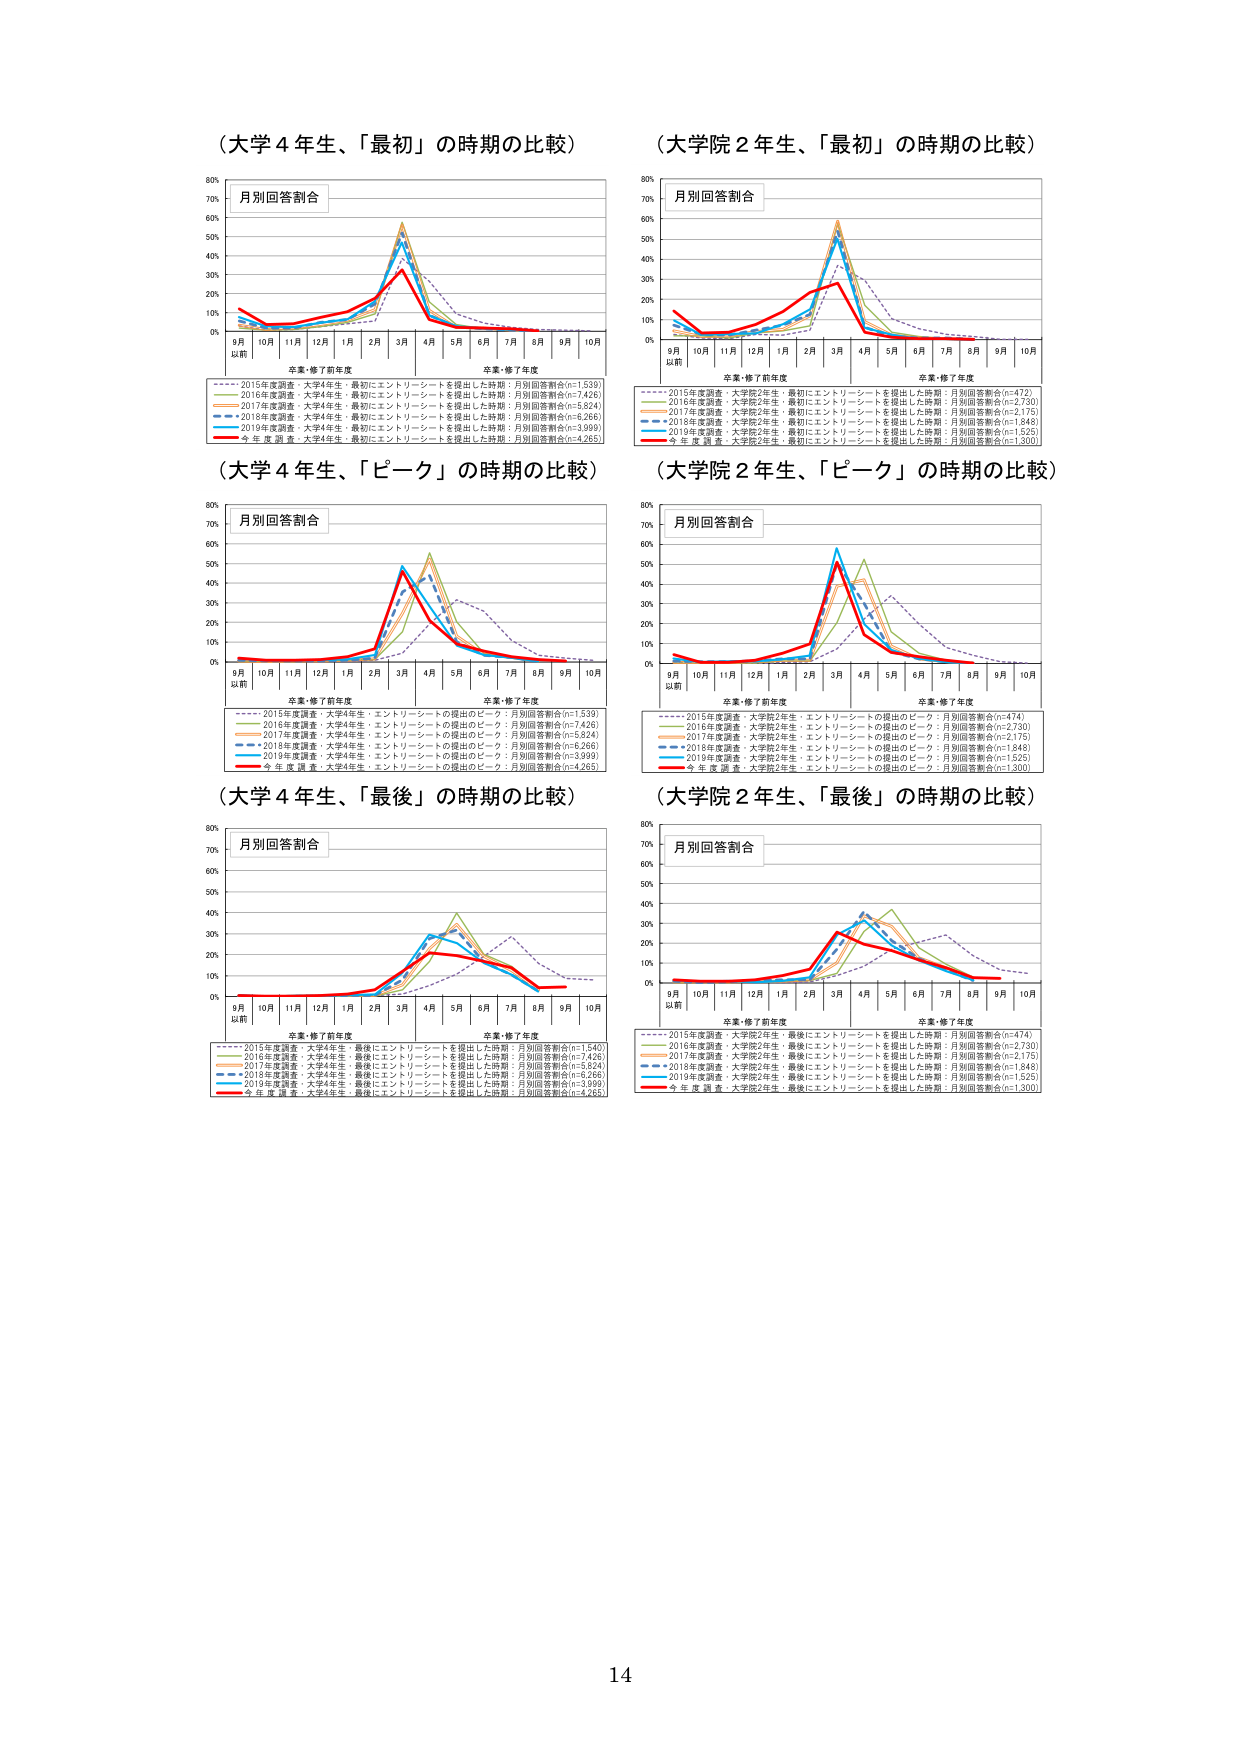
（大学４年生、「最初」の時期の比較）
月別回答割合
9月以前 10月 11月 12月 1月 2月 3月 4月 5月 6月 7月 8月 9月 10月
卒業・修了前年度 卒業・修了年度
2015年度調査・大学4年生・最初にエントリーシートを提出した時期：月別回答割合(n=1,539)
2016年度調査・大学4年生・最初にエントリーシートを提出した時期：月別回答割合(n=7,426)
2017年度調査・大学4年生・最初にエントリーシートを提出した時期：月別回答割合(n=5,824)
2018年度調査・大学4年生・最初にエントリーシートを提出した時期：月別回答割合(n=6,266)
2019年度調査・大学4年生・最初にエントリーシートを提出した時期：月別回答割合(n=3,999)
今年度調査・大学4年生・最初にエントリーシートを提出した時期：月別回答割合(n=4,265)

（大学院２年生、「最初」の時期の比較）
月別回答割合
9月以前 10月 11月 12月 1月 2月 3月 4月 5月 6月 7月 8月 9月 10月
卒業・修了前年度 卒業・修了年度
2015年度調査・大学院2年生・最初にエントリーシートを提出した時期：月別回答割合(n=472)
2016年度調査・大学院2年生・最初にエントリーシートを提出した時期：月別回答割合(n=2,730)
2017年度調査・大学院2年生・最初にエントリーシートを提出した時期：月別回答割合(n=2,175)
2018年度調査・大学院2年生・最初にエントリーシートを提出した時期：月別回答割合(n=1,848)
2019年度調査・大学院2年生・最初にエントリーシートを提出した時期：月別回答割合(n=1,525)
今年度調査・大学院2年生・最初にエントリーシートを提出した時期：月別回答割合(n=1,300)

（大学４年生、「ピーク」の時期の比較）
月別回答割合
9月以前 10月 11月 12月 1月 2月 3月 4月 5月 6月 7月 8月 9月 10月
卒業・修了前年度 卒業・修了年度
2015年度調査・大学4年生・エントリーシートの提出のピーク：月別回答割合(n=1,539)
2016年度調査・大学4年生・エントリーシートの提出のピーク：月別回答割合(n=7,426)
2017年度調査・大学4年生・エントリーシートの提出のピーク：月別回答割合(n=5,824)
2018年度調査・大学4年生・エントリーシートの提出のピーク：月別回答割合(n=6,266)
2019年度調査・大学4年生・エントリーシートの提出のピーク：月別回答割合(n=3,999)
今年度調査・大学4年生・エントリーシートの提出のピーク：月別回答割合(n=4,265)

（大学院２年生、「ピーク」の時期の比較）
月別回答割合
9月以前 10月 11月 12月 1月 2月 3月 4月 5月 6月 7月 8月 9月 10月
卒業・修了前年度 卒業・修了年度
2015年度調査・大学院2年生・エントリーシートの提出のピーク：月別回答割合(n=474)
2016年度調査・大学院2年生・エントリーシートの提出のピーク：月別回答割合(n=2,730)
2017年度調査・大学院2年生・エントリーシートの提出のピーク：月別回答割合(n=2,175)
2018年度調査・大学院2年生・エントリーシートの提出のピーク：月別回答割合(n=1,848)
2019年度調査・大学院2年生・エントリーシートの提出のピーク：月別回答割合(n=1,525)
今年度調査・大学院2年生・エントリーシートの提出のピーク：月別回答割合(n=1,300)

（大学４年生、「最後」の時期の比較）
月別回答割合
9月以前 10月 11月 12月 1月 2月 3月 4月 5月 6月 7月 8月 9月 10月
卒業・修了前年度 卒業・修了年度
2015年度調査・大学4年生・最後にエントリーシートを提出した時期：月別回答割合(n=1,540)
2016年度調査・大学4年生・最後にエントリーシートを提出した時期：月別回答割合(n=7,426)
2017年度調査・大学4年生・最後にエントリーシートを提出した時期：月別回答割合(n=5,824)
2018年度調査・大学4年生・最後にエントリーシートを提出した時期：月別回答割合(n=6,266)
2019年度調査・大学4年生・最後にエントリーシートを提出した時期：月別回答割合(n=3,999)
今年度調査・大学4年生・最後にエントリーシートを提出した時期：月別回答割合(n=4,265)

（大学院２年生、「最後」の時期の比較）
月別回答割合
9月以前 10月 11月 12月 1月 2月 3月 4月 5月 6月 7月 8月 9月 10月
卒業・修了前年度 卒業・修了年度
2015年度調査・大学院2年生・最後にエントリーシートを提出した時期：月別回答割合(n=474)
2016年度調査・大学院2年生・最後にエントリーシートを提出した時期：月別回答割合(n=2,730)
2017年度調査・大学院2年生・最後にエントリーシートを提出した時期：月別回答割合(n=2,175)
2018年度調査・大学院2年生・最後にエントリーシートを提出した時期：月別回答割合(n=1,848)
2019年度調査・大学院2年生・最後にエントリーシートを提出した時期：月別回答割合(n=1,525)
今年度調査・大学院2年生・最後にエントリーシートを提出した時期：月別回答割合(n=1,300)

14